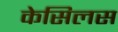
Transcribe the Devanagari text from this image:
केसिलस